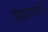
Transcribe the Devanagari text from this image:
याझातांचे